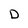
Character: D